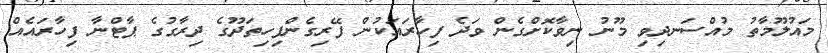
މައުލޫމާތު މުއްސަނދިވި މޫނު ނިވާކޮށްގެން ވަދެ ފިހާރައަކުން ފޭރިގެންފިހިތަދޫގެ ދިރާގުގެ ޕާޓްނާ ފިހާރައެއް